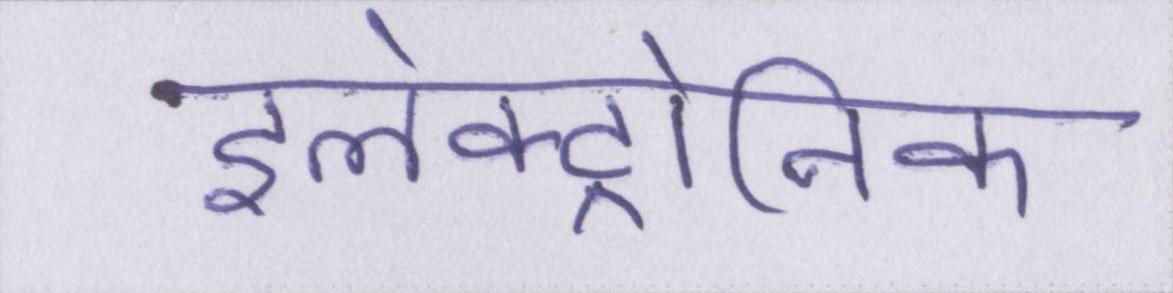
इलेक्ट्रोनिक